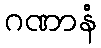
ဂဏာနံ